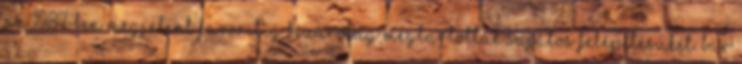
az 1987-ben megjelent Favoritig bezárólag megtartották sajátos felépítésüket. Bár